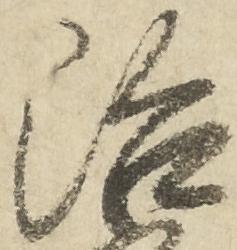
治